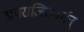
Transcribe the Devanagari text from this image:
अपराजितवर्मन्